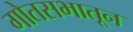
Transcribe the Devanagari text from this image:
गोतसभातून